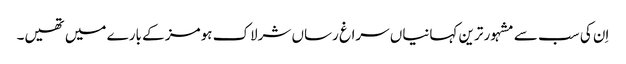
اِن کی سب سے مشہور ترین کہانیاں سراغ رساں شرلاک ہومز کے بارے میں تھیں۔